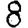
Digit: 8